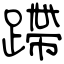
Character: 蹛